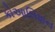
કોઆલિશન